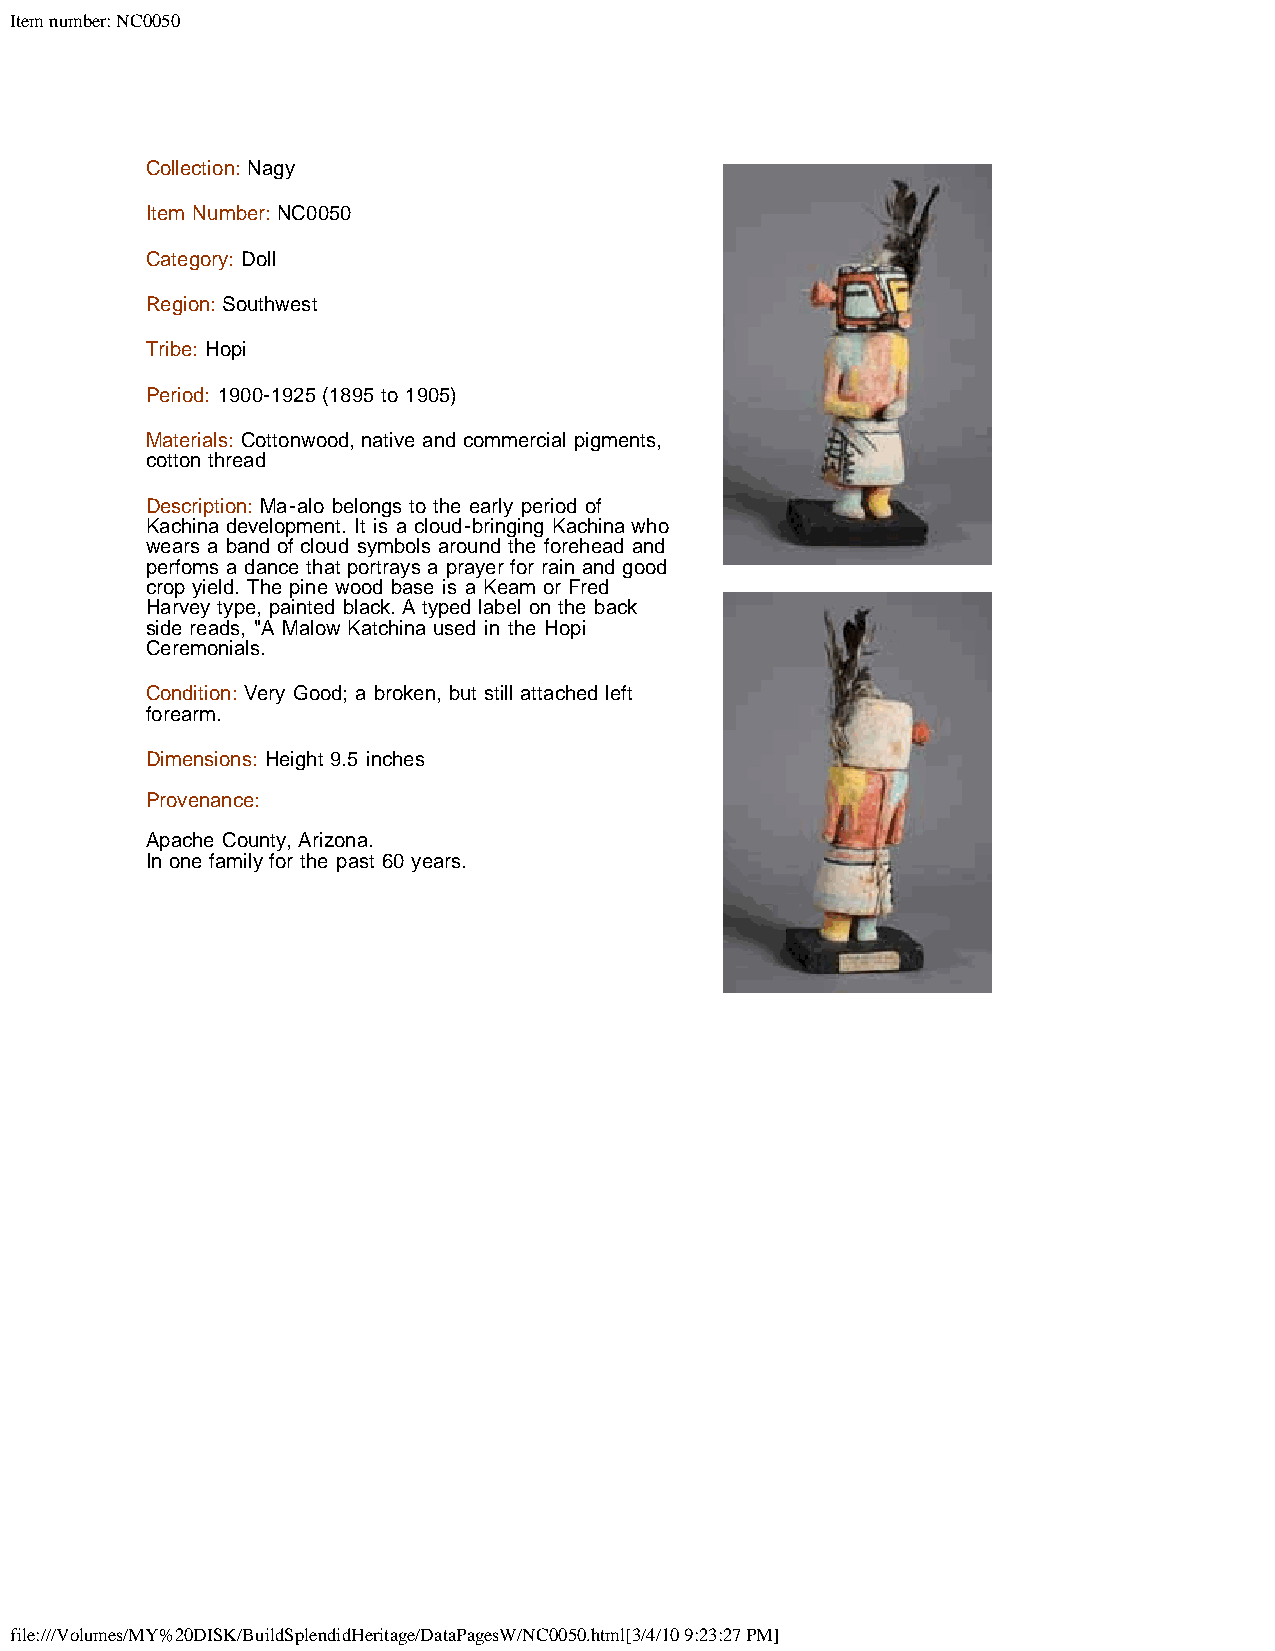
Item number: NC0050
 Collection: Nagy
 Item Number: NC0050
 Category: Doll
 Region: Southwest
 Tribe: Hopi
 Period: 1900-1925 (1895 to 1905)
 Materials: Cottonwood, native and commercial pigments,
 cotton thread
 Description: Ma-alo belongs to the early period of
 Kachina development. It is a cloud-bringing Kachina who
 wears a band of cloud symbols around the forehead and
 perfoms a dance that portrays a prayer for rain and good
 crop yield. The pine wood base is a Keam or Fred
 Harvey type, painted black. A typed label on the back
 side reads, "A Malow Katchina used in the Hopi
 Ceremonials.
 Condition: Very Good; a broken, but still attached left
 forearm.
 Dimensions: Height 9.5 inches
 Provenance:
 Apache County, Arizona.
 In one family for the past 60 years.
 file:///Volumes/MY%20DISK/BuildSplendidHeritage/DataPagesW/NC0050.html[3/4/10 9:23:27 PM]